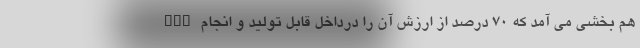
ECU هم بخشی می آمد که 70 درصد از ارزش آن را درداخل قابل تولید و انجام